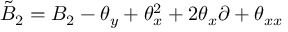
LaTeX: \tilde { B } _ { 2 } = B _ { 2 } - { \theta } _ { y } + { \theta } _ { x } ^ { 2 } + 2 { \theta } _ { x } \partial + { \theta } _ { x x }